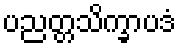
ပညတ္တသိက္ခာပဒံ